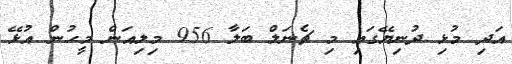
އަދި މުޅި ދުނިޔޭގައި މި ޗެނަލް ބަލާ 956 މިލިއަން މީހުން އުޅޭ